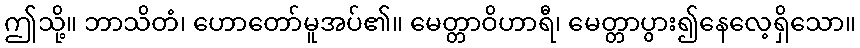
ဤသို့။ ဘာသိတံ၊ ဟောတော်မူအပ်၏။ မေတ္တာဝိဟာရီ၊ မေတ္တာပွား၍နေလေ့ရှိသော။